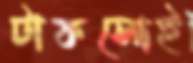
টাকসোই